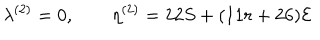
LaTeX: \lambda ^ { ( 2 ) } = 0 , \qquad \eta ^ { ( 2 ) } = 2 2 S + ( 1 1 r + 2 6 ) { \cal { E } }